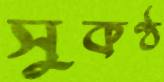
সুকণ্ঠ